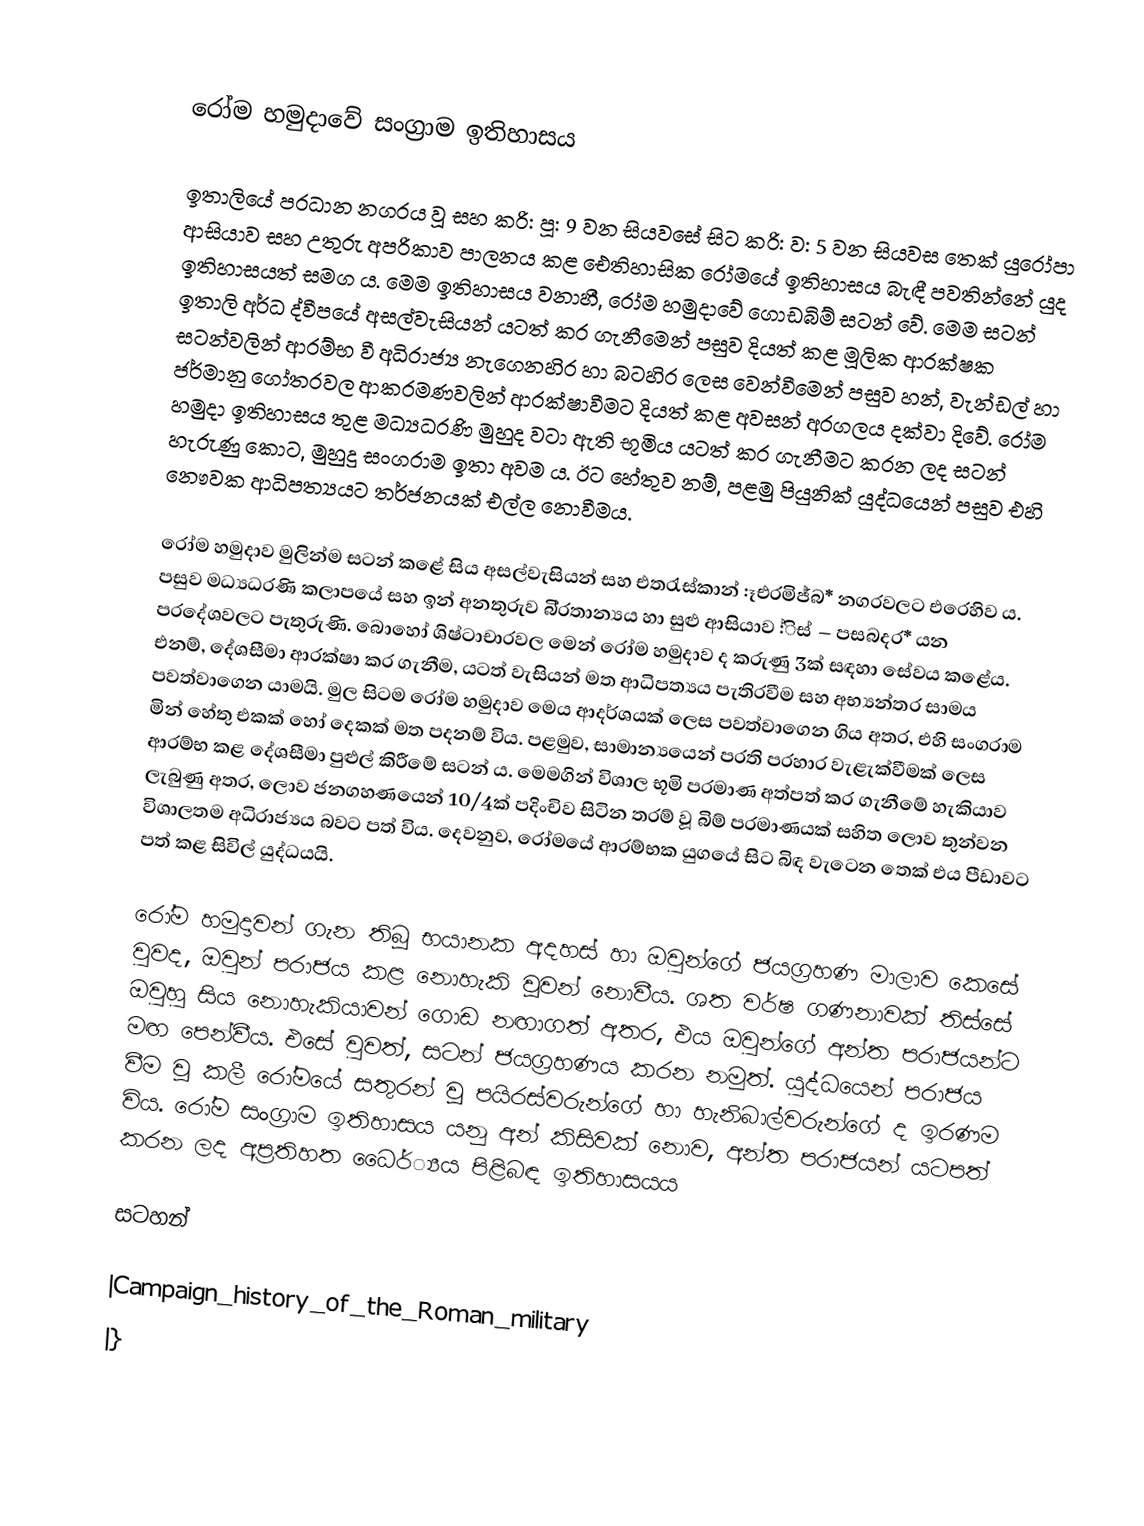

රෝම හමුදාවේ සංග්‍රාම ඉතිහාසය

ඉතාලියේ ප‍්‍රධාන නගරය වූ සහ ක‍්‍රි: පූ: 9 වන සියවසේ සිට ක‍්‍රි: ව: 5 වන සියවස තෙක් යුරෝපා ආසියාව සහ උතුරු අප‍්‍රිකාව පාලනය කළ ඓතිහාසික රෝමයේ ඉතිහාසය බැඳී පවතින්නේ යුද ඉතිහාසයත් සමග ය. මෙම ඉතිහාසය වනාහී, රෝම හමුදාවේ ගොඩබිම් සටන් වේ. මෙම සටන් ඉතාලි අර්ධ ද්වීපයේ අසල්වැසියන් යටත් කර ගැනීමෙන් පසුව දියත් කළ මූලික ආරක්ෂක සටන්වලින් ආරම්භ වී අධිරාජ්‍ය නැගෙනහිර හා බටහිර ලෙස වෙන්වීමෙන් පසුව හන්, වැන්ඩල් හා ජර්මානු ගෝත‍්‍රවල ආක‍්‍රමණවලින් ආරක්ෂාවීමට දියත් කළ අවසන් අරගලය දක්වා දිවේ. රෝම හමුදා ඉතිහාසය තුළ මධ්‍යධරණි මුහුද වටා ඇති භූමිය යටත් කර ගැනීමට කරන ලද සටන් හැරුණු කොට, මුහුදු සංග‍්‍රාම ඉතා අවම ය. ඊට හේතුව නම්, පළමු පියුනික් යුද්ධයෙන් පසුව එහි නෞවක ආධිපත්‍යයට තර්ජනයක් එල්ල නොවීමය.

රෝම හමුදාව මුලින්ම සටන් කළේ සිය අසල්වැසියන් සහ එත‍්‍රැස්කාන් :ෑඑරමිජ්බ* නගරවලට එරෙහිව ය. පසුව මධ්‍යධරණි කලාපයේ සහ ඉන් අනතුරුව බි‍්‍රතාන්‍යය හා සුළු ආසියාව  :්ිස් – පසබදර* යන ප‍්‍රදේශවලට පැතුරුණි. බොහෝ ශිෂ්ටාචාරවල මෙන් රෝම හමුදාව ද කරුණු 3ක් සඳහා සේවය කළේය. එනම්, දේශසීමා ආරක්ෂා කර ගැනීම, යටත් වැසියන් මත ආධිපත්‍යය පැතිරවීම සහ අභ්‍යන්තර සාමය පවත්වාගෙන යාමයි. මුල සිටම රෝම හමුදාව මෙය ආදර්ශයක් ලෙස පවත්වාගෙන ගිය අතර, එහි සංග‍්‍රාම මින් හේතු එකක් හෝ දෙකක් මත පදනම් විය. පළමුව, සාමාන්‍යයෙන් ප‍්‍රති ප‍්‍රහාර වැළැක්වීමක් ලෙස ආරම්භ කළ දේශසීමා පුළුල් කිරීමේ සටන් ය. මෙමගින් විශාල භූමි ප‍්‍රමාණ අත්පත් කර ගැනීමේ හැකියාව ලැබුණු අතර, ලොව ජනගහණයෙන් 10/4ක් පදිංචිව සිටින තරම් වූ බිම් ප‍්‍රමාණයක් සහිත ලොව තුන්වන විශාලතම අධිරාජ්‍යය බවට පත් විය. දෙවනුව, රෝමයේ ආරම්භක යුගයේ සිට බිඳ වැටෙන තෙක් එය පීඩාවට පත් කළ සිවිල් යුද්ධයයි.

රෝම හමුදාවන් ගැන තිබූ භයානක අදහස් හා ඔවුන්ගේ ජයග‍්‍රහණ මාලාව කෙසේ වුවද, ඔවුන් පරාජය කළ නොහැකි වූවන් නොවීය. ශත වර්ෂ ගණනාවක් තිස්සේ ඔවුහු සිය නොහැකියාවන් ගොඩ නඟාගත් අතර, එය ඔවුන්ගේ අන්ත පරාජයන්ට මඟ පෙන්වීය. එසේ වුවත්, සටන් ජයග‍්‍රහණය කරන නමුත්. යුද්ධයෙන් පරාජය වීම වූ කලී රෝමයේ සතුරන් වූ පයිරස්වරුන්ගේ හා හැනිබාල්වරුන්ගේ ද ඉරණම විය. රෝම සංග‍්‍රාම ඉතිහාසය යනු අන් කිසිවක් නොව, අන්ත පරාජයන් යටපත් කරන ලද අප‍්‍රතිහත ධෛර්්‍යය පිළිබඳ ඉතිහාසයය

සටහන්

|Campaign_history_of_the_Roman_military
|}